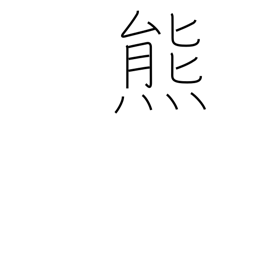
Meaning: bear